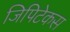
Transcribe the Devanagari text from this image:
जिपिटेकस